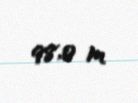
98,0 m